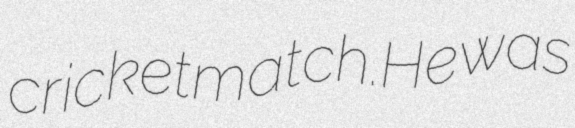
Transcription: cricket match.He was